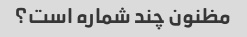
مظنون چند شماره است؟